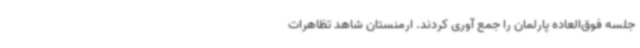
جلسه فوق‌العاده پارلمان را جمع آوری کردند. ارمنستان شاهد تظاهرات